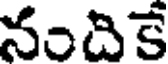
నందికే